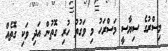
މިސްރުގެ ސިޔާސީ މަސްރަހު މި ވަގުތު ހުރި ގޮތުން އަދި ވަކި ގޮތެއް